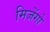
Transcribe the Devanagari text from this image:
मिजेंगो